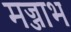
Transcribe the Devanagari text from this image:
मज्जाभ